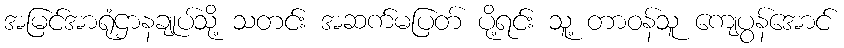
အမြင်အာရုံဌာနချုပ်သို့ သတင်း အဆက်မပြတ် ပို့ရင်း သူ့ တာဝန်သူ ကျေပွန်အောင်